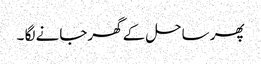
پھر ساحل کے گھرجانے لگا ۔